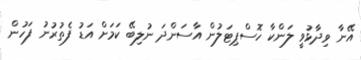
އޭނާ ވިދާޅުވީ ލަންކާ ހޮސްޕިޓަލުން އާސަންދަ ނުލިބޭ ކަމަށް އަޑު ފެތުރުނު ފަހުން